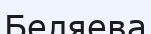
Беляева